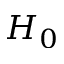
H _ { 0 }